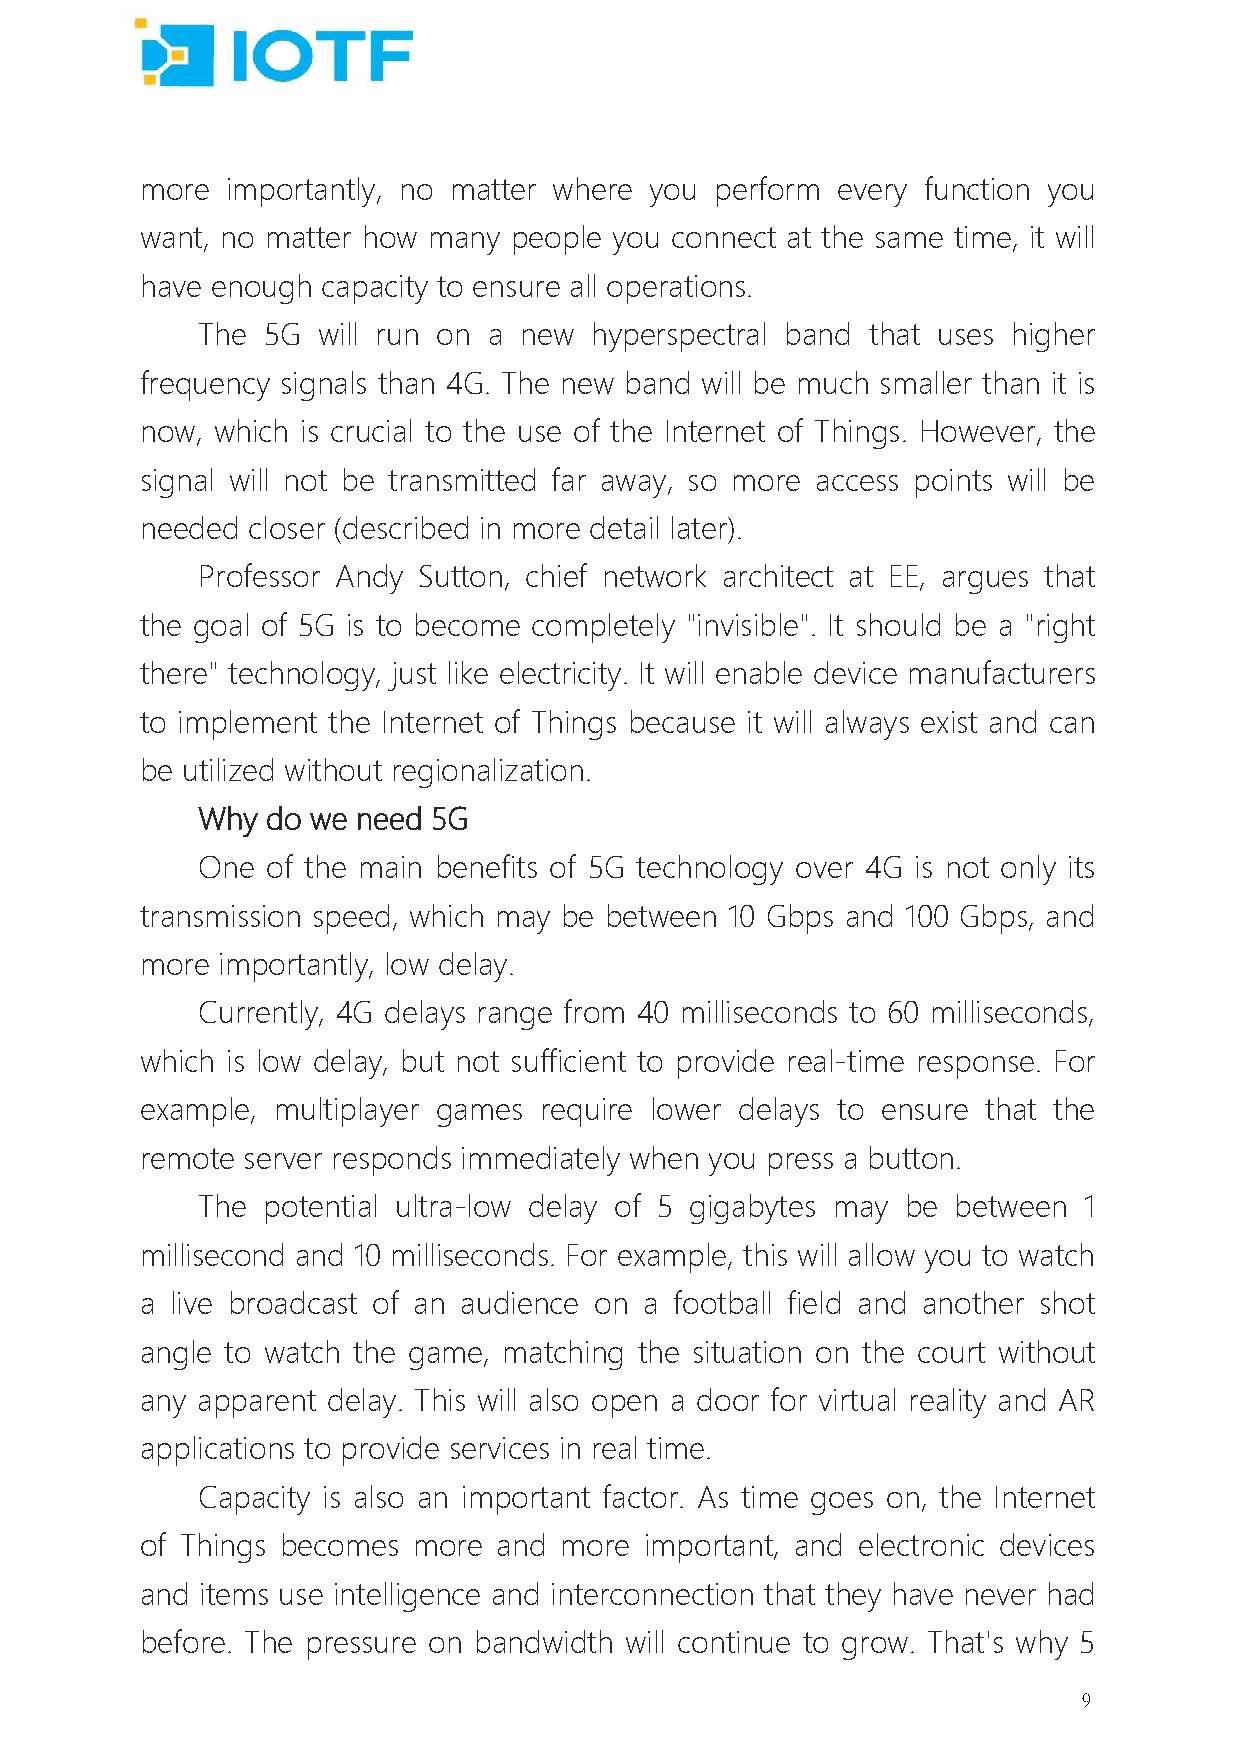
more  importantly, no matter where you perform every function you
 want, no matter how many people you connect at the same time, it will
 have enough capacity to ensure all operations.
 The 5G  will run on a new hyperspectral band that uses higher
 frequency signals than 4G. The new band will be much smaller than it is
 now, which is crucial to the use of the Internet of Things. However, the
 signal will not be transmitted far away, so more access points will be
 needed closer (described in more detail later).
 Professor Andy Sutton, chief network architect at EE, argues that
 the goal of 5G is to become completely "invisible". It should be a "right
 there" technology, just like electricity. It will enable device manufacturers
 to implement the Internet of Things because it will always exist and can
 be utilized without regionalization.
 Why  do we need 5G
 One  of the main benefits of 5G technology over 4G is not only its
 transmission speed, which may be between 10 Gbps and 100 Gbps, and
 more importantly, low delay.
 Currently, 4G delays range from 40 milliseconds to 60 milliseconds,
 which is low delay, but not sufficient to provide real-time response. For
 example, multiplayer games require lower delays to ensure that the
 remote server responds immediately when you press a button.
 The potential ultra-low delay of 5 gigabytes may be between 1
 millisecond and 10 milliseconds. For example, this will allow you to watch
 a live broadcast of an audience on a football field and another shot
 angle to watch the game, matching the situation on the court without
 any apparent delay. This will also open a door for virtual reality and AR
 applications to provide services in real time.
 Capacity is also an important factor. As time goes on, the Internet
 of Things becomes more  and more  important, and electronic devices
 and items use intelligence and interconnection that they have never had
 before. The pressure on bandwidth will continue to grow. That's why 5
 9